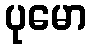
ပုမော